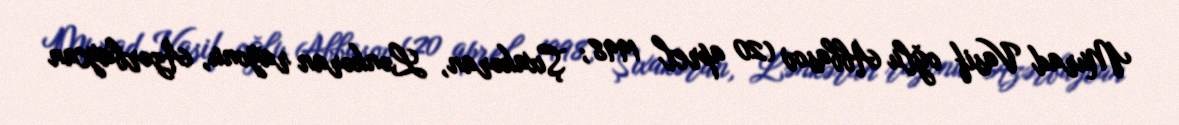
Murad Vasif oğlu Abbasov (20 aprel 1998; Şıxakəran, Lənkəran rayonu, Azərbaycan